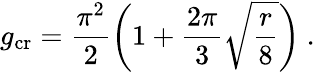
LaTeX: g_{\mathrm{cr}}=\frac{\pi^{2}}{2}\left(1+\frac{2\pi}{3}\sqrt{\frac{r}{8}}\right)\ .